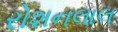
રોશનલાલ